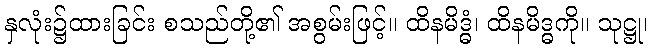
နှလုံး၌ထားခြင်း စသည်တို့၏ အစွမ်းဖြင့်။ ထိနမိဒ္ဓံ၊ ထိနမိဒ္ဓကို။ သုဋ္ဌု၊